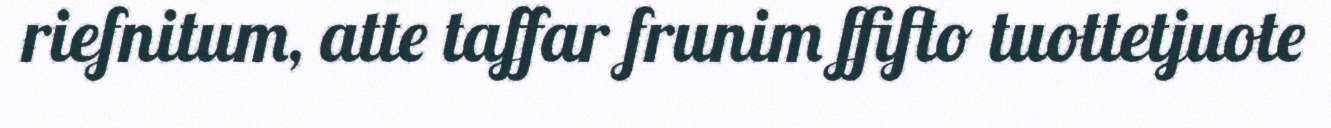
riefnitum, atte taffar frunim ffifto tuottetjuote